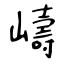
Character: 嶹